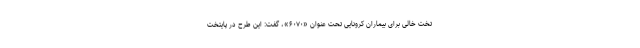
تخت خالی برای بیماران کرونایی تحت عنوان «۶۰۷۰»، گفت: این طرح در پایتخت